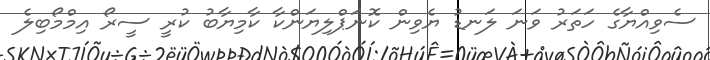
ސެވިއްޔާގެ ހަތަރު ވަނަ ލަނޑު ޔެވިން ކޮނަޕްލިޔަންކާ ކާމިޔާބު ކުރީ ސީރޯ އިމްމޯބިލެ